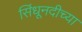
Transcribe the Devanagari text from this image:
सिंधूनदीच्या